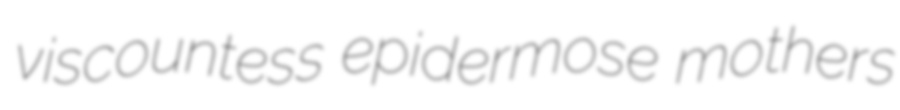
viscountess epidermose mothers